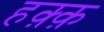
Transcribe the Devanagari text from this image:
हक़्क़